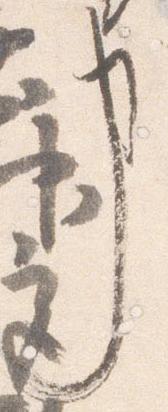
事